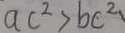
a c ^ { 2 } > b c ^ { 2 }